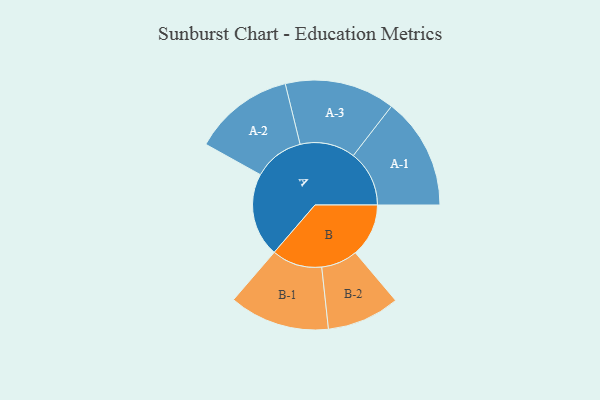
{"axis": {"x": "Segment", "y": "Value"}, "legend": ["", "A", "B"], "data": [{"x": "A", "y": 442, "type": ""}, {"x": "B", "y": 281, "type": ""}, {"x": "A-1", "y": 295, "type": "A"}, {"x": "A-2", "y": 266, "type": "A"}, {"x": "A-3", "y": 291, "type": "A"}, {"x": "B-1", "y": 265, "type": "B"}, {"x": "B-2", "y": 192, "type": "B"}]}